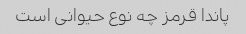
پاندا قرمز چه نوع حیوانی است